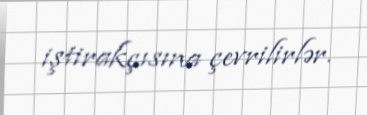
iştirakçısına çevrilirlər.